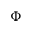
\Phi